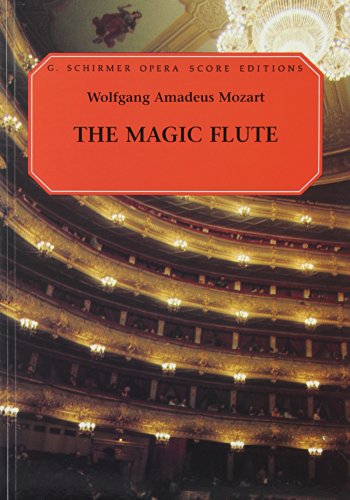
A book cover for The Magic Flute (Die Zauberflote): Vocal Score; Ruth Martin; Humor & Entertainment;